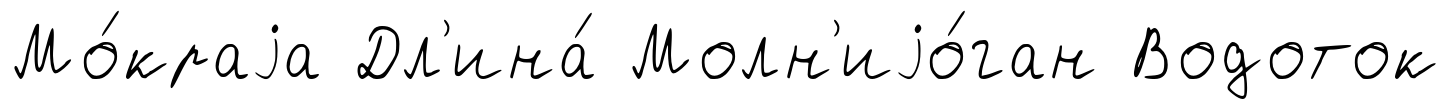
Мо́краjа Дл'ина́ Молн'иjо́ган Водоток